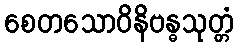
စေတသောဝိနိဗန္ဓသုတ္တံ